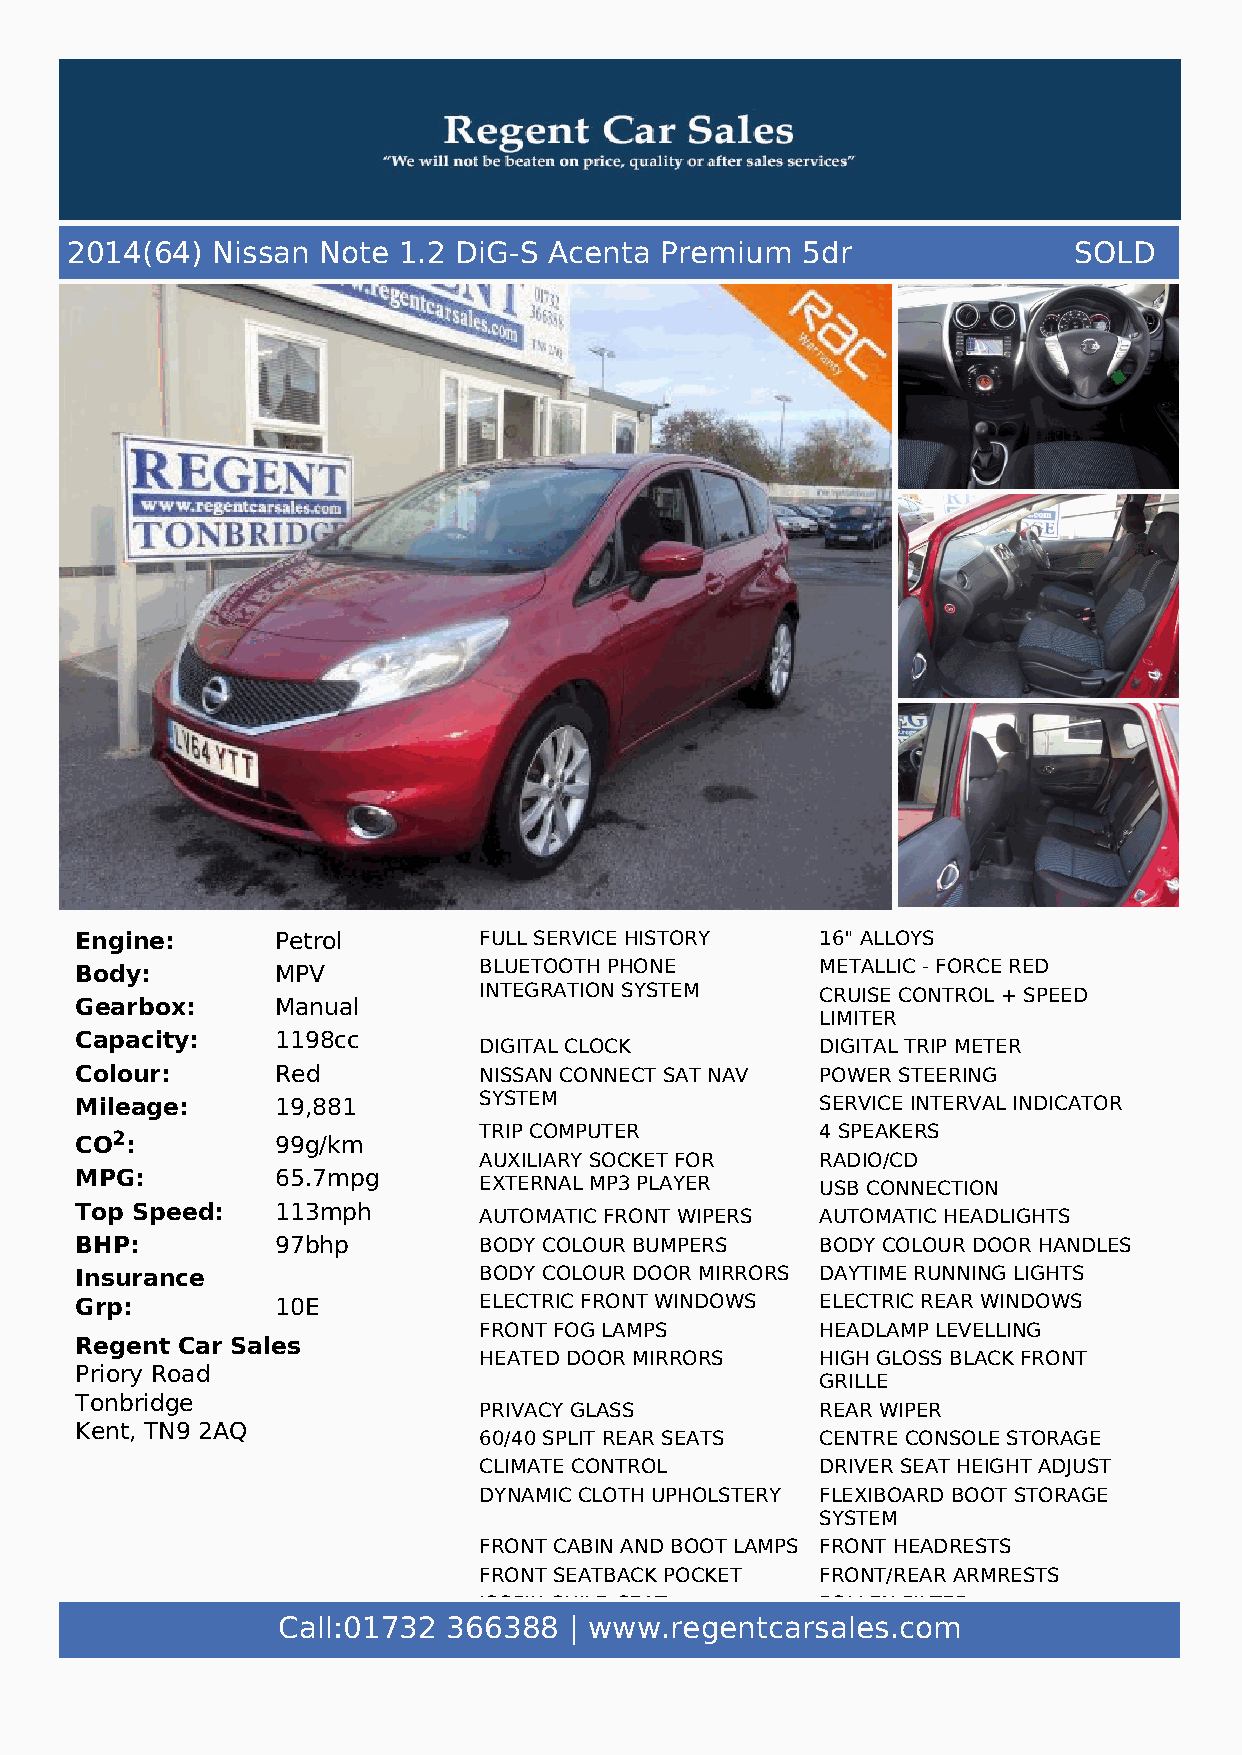
2014(64)  Nissan Note 1.2 DiG-S Acenta  Premium  5dr               SOLD
 Engine:      Petrol        FULL SERVICE HISTORY  16" ALLOYS
 Body:        MPV           BLUETOOTH PHONE       METALLIC - FORCE RED
 INTEGRATION SYSTEM    CRUISE CONTROL + SPEED
 Gearbox:     Manual
 LIMITER
 Capacity:    1198cc
 DIGITAL CLOCK         DIGITAL TRIP METER
 Colour:      Red           NISSAN CONNECT SAT NAV POWER STEERING
 Mileage:     19,881        SYSTEM                SERVICE INTERVAL INDICATOR
 CO2:         99g/km        TRIP COMPUTER         4 SPEAKERS
 AUXILIARY SOCKET FOR  RADIO/CD
 MPG:         65.7mpg
 EXTERNAL MP3 PLAYER   USB CONNECTION
 Top Speed:   113mph
 AUTOMATIC FRONT WIPERS AUTOMATIC HEADLIGHTS
 BHP:         97bhp         BODY COLOUR BUMPERS   BODY COLOUR DOOR HANDLES
 Insurance                  BODY COLOUR DOOR MIRRORS DAYTIME RUNNING LIGHTS
 Grp:         10E           ELECTRIC FRONT WINDOWS ELECTRIC REAR WINDOWS
 FRONT FOG LAMPS       HEADLAMP LEVELLING
 Regent Car Sales
 HEATED DOOR MIRRORS   HIGH GLOSS BLACK FRONT
 Priory Road
 GRILLE
 Tonbridge
 PRIVACY GLASS         REAR WIPER
 Kent, TN9 2AQ
 60/40 SPLIT REAR SEATS CENTRE CONSOLE STORAGE
 CLIMATE CONTROL       DRIVER SEAT HEIGHT ADJUST
 DYNAMIC CLOTH UPHOLSTERY FLEXIBOARD BOOT STORAGE
 SYSTEM
 FRONT CABIN AND BOOT LAMPS FRONT HEADRESTS
 FRONT SEATBACK POCKET FRONT/REAR ARMRESTS
 ISOFIX CHILD SEAT     POLLEN FILTER
 Call:01732  36P6R3EP8A8RA |T IOwNww.regentcars Ra EAle
 R
 s H. Ec Ao Dm
 RESTS
 SLIDING REAR SEATS    STEERING WHEEL AUDIO